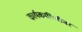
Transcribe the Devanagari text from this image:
कार्यकारिणीवर